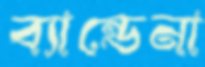
ব্যান্ডেনা